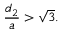
{ \frac { d _ { 2 } } { a } } > { \sqrt { 3 } } .